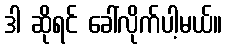
ဒါ ဆိုရင် ခေါ်လိုက်ပါ့မယ်။